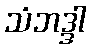
သံဘဒ္ဒါ